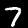
Label: 7